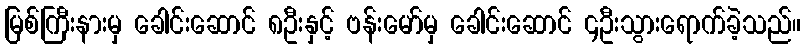
မြစ်ကြီးနားမှ ခေါင်းဆောင် ၈ဦးနှင့် ဗန်းမော်မှ ခေါင်းဆောင် ၄ဦးသွားရောက်ခဲ့သည်။